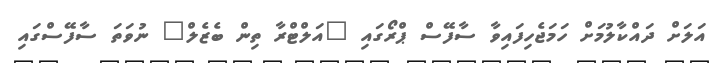
އަލަށް ދައްކާލުމަށް ހަމަޖެހިފައިވާ ސާފޭސް ޕްރޯގައި "އަލްޓްރާ ތިން ބެޒެލް" ނުވަތަ ސާފޭސްގައި